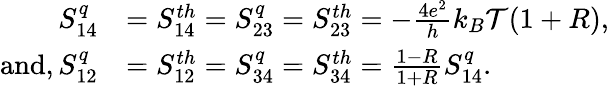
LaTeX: \begin{array}{rl}{S_{14}^{q}}&{={S_{14}^{th}}=S_{23}^{q}={S_{23}^{th}}=-\frac{4e^{2}}{h}k_{B}\mathcal{T}(1+R),}\\ {\mathrm{and},S_{12}^{q}}&{={S_{12}^{th}}=S_{34}^{q}={S_{34}^{th}}=\frac{1-R}{1+R}S_{14}^{q}.}\end{array}